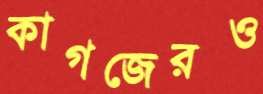
কাগজেরও